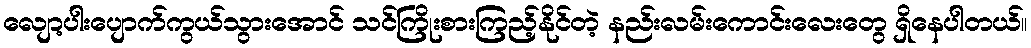
လျော့ပါးပျောက်ကွယ်သွားအောင် သင်ကြိုးစားကြည့်နိုင်တဲ့ နည်းလမ်းကောင်းလေးတွေ ရှိနေပါတယ်။